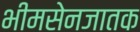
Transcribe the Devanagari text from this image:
भीमसेनजातक